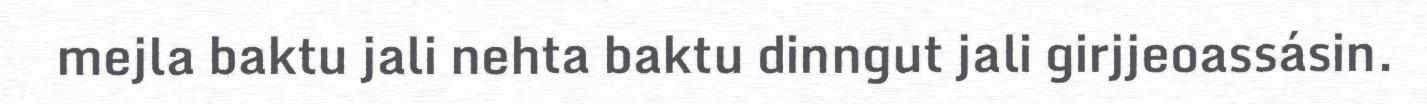
mejla baktu jali nehta baktu dinngut jali girjjeoassásin.